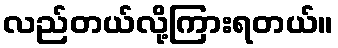
လည်တယ်လို့ကြားရတယ်။